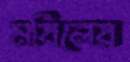
মবিলের